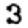
Digit: 3